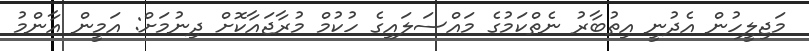
މަޖިލީހުން އެދުނީ އިތުބާރު ނެތްކަމުގެ މައްސަލައިގެ ހުކުމް މުރާޖައާކޮށް ދިނުމަށް: އަމީން އާންމު